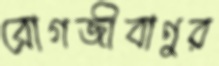
রোগজীবাণুর